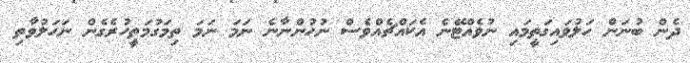
ދެން ބުނަން ހަލުވައިގަތީމައި ނުވެއްޓޭނެ އެކައްޗެއްވެސް ނުހުންނާނެ ނަމަ ނަމަ ތިމަގުމަތީހުރެގެން ނަހަލުވާތި